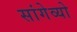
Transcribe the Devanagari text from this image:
सांगेव्यो